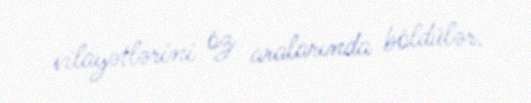
vilayətlərini öz aralarında böldülər.